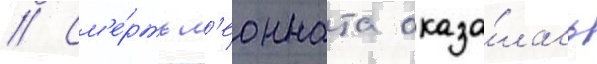
// См'е́рть л'еонната оказа́лась